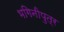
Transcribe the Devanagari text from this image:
भगिनीपुत्र